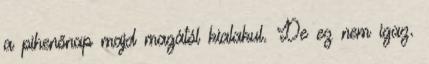
a pihenőnap majd magától kialakul. De ez nem igaz.